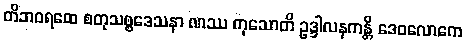
တိဘဝရထေ စတုသစ္စဒေသနာ ဏဿ ကုသောတိ ဥဒ္ဒါလနကန္တိ ဒေဝလောကေ